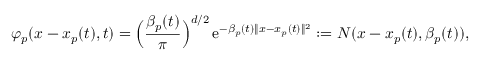
\varphi _ { p } ( x - x _ { p } ( t ) , t ) = \Big ( \frac { \beta _ { p } ( t ) } { \pi } \Big ) ^ { d / 2 } \, \mathrm { e } ^ { - \beta _ { p } ( t ) \| x - x _ { p } ( t ) \| ^ { 2 } } : = { N } ( x - x _ { p } ( t ) , \beta _ { p } ( t ) ) ,